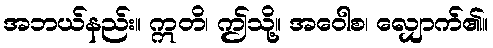
အဘယ်နည်း။ ဣတိ၊ ဤသို့။ အဝေါစ၊ လျှောက်၏။